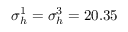
\sigma _ { h } ^ { 1 } = \sigma _ { h } ^ { 3 } = 2 0 . 3 5